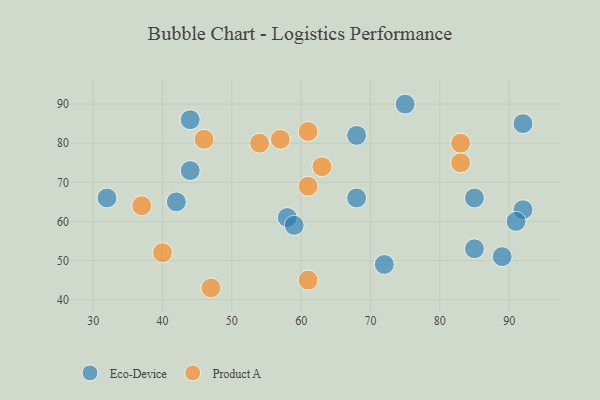
{"axis": {"x": "GDP", "y": "Life Expectancy"}, "legend": ["Eco-Device", "Product A"], "data": [{"x": "44", "y": 73, "type": "Eco-Device"}, {"x": "85", "y": 53, "type": "Eco-Device"}, {"x": "92", "y": 63, "type": "Eco-Device"}, {"x": "42", "y": 65, "type": "Eco-Device"}, {"x": "92", "y": 85, "type": "Eco-Device"}, {"x": "85", "y": 66, "type": "Eco-Device"}, {"x": "68", "y": 66, "type": "Eco-Device"}, {"x": "44", "y": 86, "type": "Eco-Device"}, {"x": "75", "y": 90, "type": "Eco-Device"}, {"x": "91", "y": 60, "type": "Eco-Device"}, {"x": "89", "y": 51, "type": "Eco-Device"}, {"x": "72", "y": 49, "type": "Eco-Device"}, {"x": "32", "y": 66, "type": "Eco-Device"}, {"x": "58", "y": 61, "type": "Eco-Device"}, {"x": "59", "y": 59, "type": "Eco-Device"}, {"x": "68", "y": 82, "type": "Eco-Device"}, {"x": "61", "y": 83, "type": "Product A"}, {"x": "40", "y": 52, "type": "Product A"}, {"x": "83", "y": 75, "type": "Product A"}, {"x": "63", "y": 74, "type": "Product A"}, {"x": "54", "y": 80, "type": "Product A"}, {"x": "47", "y": 43, "type": "Product A"}, {"x": "46", "y": 81, "type": "Product A"}, {"x": "83", "y": 80, "type": "Product A"}, {"x": "57", "y": 81, "type": "Product A"}, {"x": "61", "y": 69, "type": "Product A"}, {"x": "37", "y": 64, "type": "Product A"}, {"x": "61", "y": 45, "type": "Product A"}]}